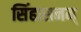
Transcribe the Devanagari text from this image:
सिंहासनम्